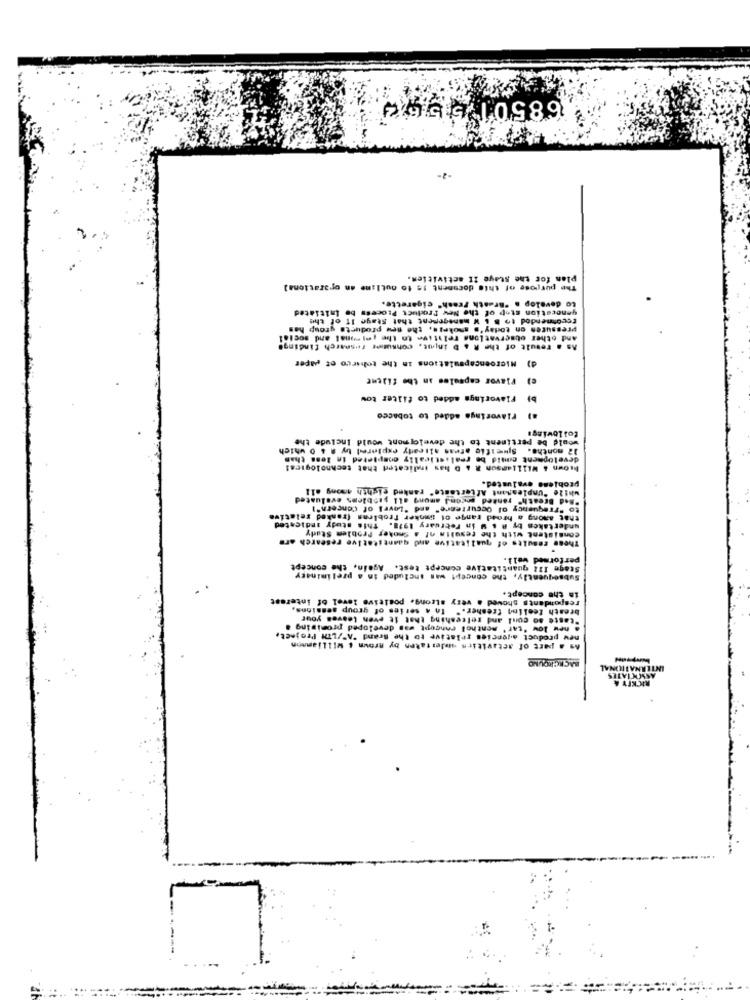
68501 5563
-2-
plan for the Staye It activities.
The purpose of this document is to outline an operational
to develop . "Breath Fresh" cigarette.
generation stop of the New Product Process be initiated
recommendod to B & W management that Stage If of the
pressures on today's ssokris, the new products group has
And other observations relative to the ;"i"onal and social
As a result of the R & D injmut, consumer research findings
d) Microencapsulations in the tobarco of paper
c) Flavor capsules an the fileme
b) Flavorings added to filter tow
a) Flavorings added to tobacco
would be pertinent to the development would Include the
following
12 monthe. Sheific atras already explored by @ 4 0 which
development numid be realistically completed in less than
brown & Williamson R & D hay indicated that technologies!
while "Unpleasant Aftertaste" ranked eighth among all
probleme evaluated.
"Bad Breath" ranked pron] among all sibblems evaluated
to "Frequency of Occurtemre" and "Level of Concern")
that among a broad range of Simnker Problems (ranked relative
consistent with the results of a Smoker Problem Stady
undertakes by R s W in February 1978. This study indicated
These results of qualitative and quantitative research arm
performed wall.
Stage 112 quantitative concept test. Again, the concept
Subsequently, the concept was included in a preliminary
in the concept.
respondents showed a very strong. positive level of interest
breath feeling fresher." In A series of group sessions,
"taste ao conl and refreshing that it even leaves your
. new low 'tar' menthol Pongopt was developed promising
new product agencies relative to the Brand "A"/LTH Project
As a part of activities salestaken by Brown & williamson
BACKGROUND
INTERNATIONAL
ASSOCIATES
RICKEY &